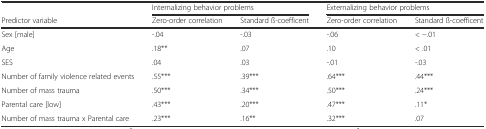
|  | <COLSPAN=2> Internalizing behavior problems | <COLSPAN=2> Externalizing behavior problems |
 | Predictor variable | Zero-order correlation | Standard ß-coefficent | Zero-order correlation | Standard ß-coefficent |
 | --- | --- | --- | --- | --- |
 | Sex [male] | -.04 | -.03 | -.06 | < −.01 |
 | Age | .18** | .07 | .10 | < .01 |
 | SES | .04 | .03 | -.01 | -.03 |
 | Number of family violence related events | .55*** | .39*** | .64*** | .44*** |
 | Number of mass trauma | .50*** | .34*** | .50*** | .24*** |
 | Parental care [low] | .43*** | .20*** | .47*** | .11* |
 | Number of mass trauma x Parental care | .23*** | .16** | .32*** | .07 |